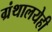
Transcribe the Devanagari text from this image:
ग्रंथालयेही